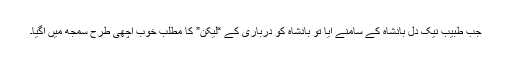
جب طبیب نیک دل بادشاہ کے سامنے آیا تو بادشاہ کو درباری کے “لیکن” کا مطلب خوب اچھی طرح سمجھ میں آگیا۔